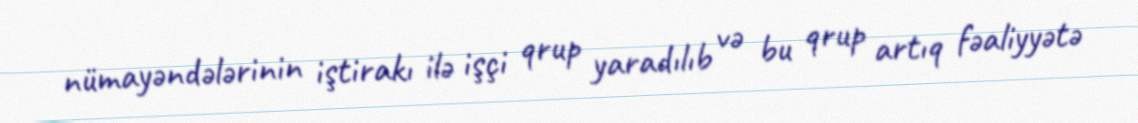
nümayəndələrinin iştirakı ilə işçi qrup yaradılıb və bu qrup artıq fəaliyyətə